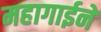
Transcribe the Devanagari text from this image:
महागाईने